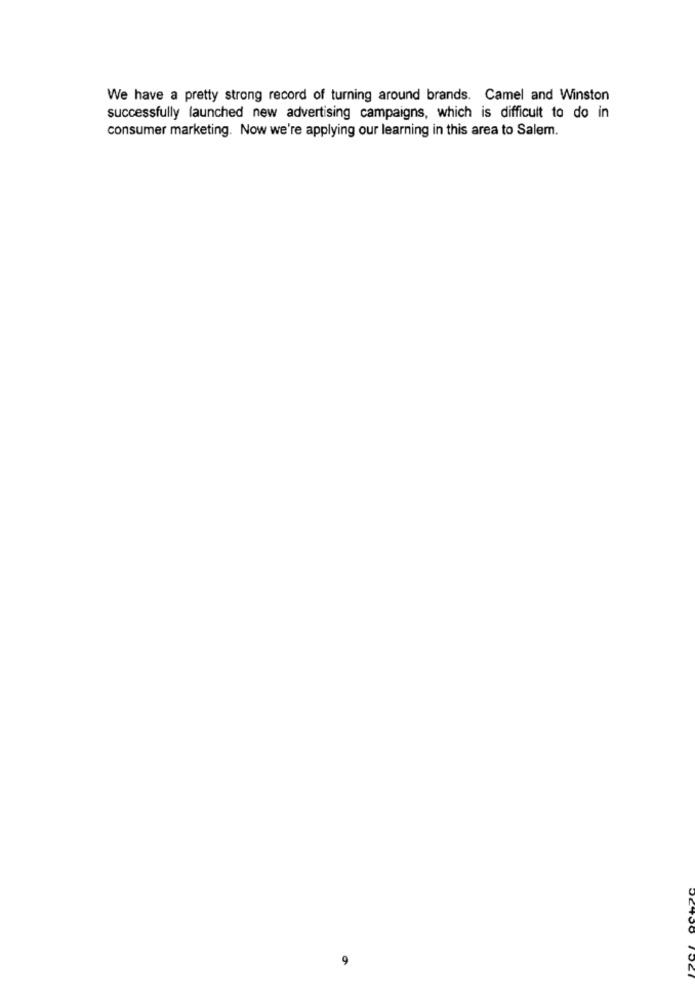
We have a pretty strong record of turning around brands. Camel and Winston
successfully launched new advertising campaigns, which is difficult to do in
consumer marketing. Now we're applying our learning in this area to Salem.